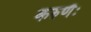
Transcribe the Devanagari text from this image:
करुणैः